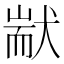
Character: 𤟮